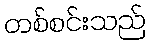
တစ်စင်းသည်